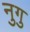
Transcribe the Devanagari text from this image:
नुगु